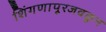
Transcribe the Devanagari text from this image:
शिंगणापूरजवळून